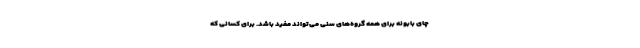
چای بابونه برای همه گروه‌های سنی می‌تواند مفید باشد. برای کسانی که